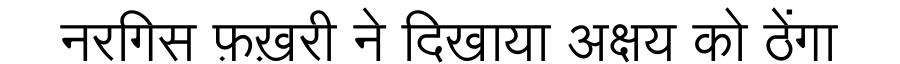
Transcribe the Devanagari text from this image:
नरगिस फ़ख़री ने दिखाया अक्षय को ठेंगा